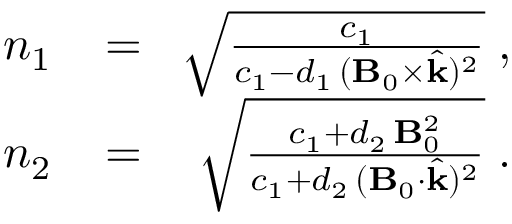
\begin{array} { r l r } { n _ { 1 } \! } & { { } = } & { \! \sqrt { \frac { c _ { 1 } } { c _ { 1 } - d _ { 1 } \, ( { \bf B } _ { 0 } \times \hat { { \bf k } } ) ^ { 2 } } } \; , } \\ { n _ { 2 } \! } & { { } = } & { \! \sqrt { \frac { c _ { 1 } + d _ { 2 } \, { \bf B } _ { 0 } ^ { 2 } } { c _ { 1 } + d _ { 2 } \, ( { \bf B } _ { 0 } \cdot \hat { { \bf k } } ) ^ { 2 } } } \; . } \end{array}